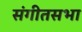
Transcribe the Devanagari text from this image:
संगीतसभा